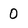
Character: 0